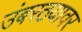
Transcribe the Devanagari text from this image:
उंबरठयावर